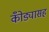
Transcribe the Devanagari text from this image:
कोँड्यासह